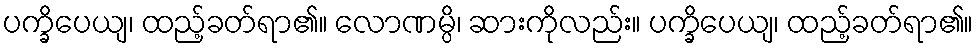
ပက္ခိပေယျ၊ ထည့်ခတ်ရာ၏။ လောဏမ္ပိ၊ ဆားကိုလည်း။ ပက္ခိပေယျ၊ ထည့်ခတ်ရာ၏။